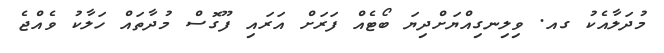
މުދަލާއެކު ގއ. ވިލިނގިއްޔަށްދިޔަ ބޯޓެއް ފަރަށް އަރައި ފޫގޮސް މުދާތައް ހަލާކު ވެއްޖެ